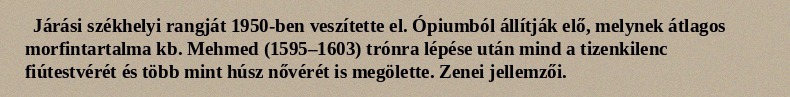
Járási székhelyi rangját 1950-ben veszítette el. Ópiumból állítják elő, melynek átlagos morfintartalma kb. Mehmed (1595–1603) trónra lépése után mind a tizenkilenc fiútestvérét és több mint húsz nővérét is megölette. Zenei jellemzői.